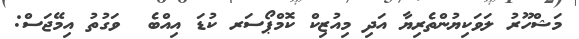
މަޝްހޫރު ލަވަކިޔުންތެރިޔާ އަދި މިއުޒިކް ކޮމްޕޯސަރ ކުޑަ އިއްބެ  ވަގުތު އިމޭޖަސް: